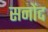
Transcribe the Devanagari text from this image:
सनोंद